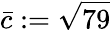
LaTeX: \bar{c}:=\sqrt{79}